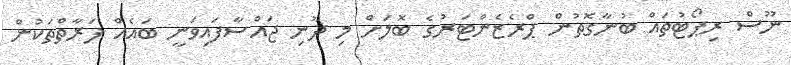
ނޫސް ރިޕޯޓުތައް ބުނާގޮތުން ޕްރެޒެންޓަރުގެ ބޮލަށް މި ދޫނި ޖައްސާފައިވަނީ ބައެއް ފަރާތްތަކުން